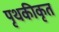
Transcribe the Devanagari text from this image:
पृथकीकृत